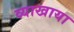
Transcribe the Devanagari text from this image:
व्याखाया